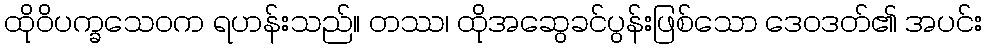
ထိုဝိပက္ခသေဝက ရဟန်းသည်။ တဿ၊ ထိုအဆွေခင်ပွန်းဖြစ်သော ဒေဝဒတ်၏ အပင်း